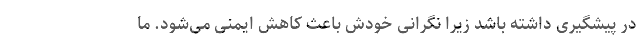
در پیشگیری داشته باشد زیرا نگرانی خودش باعث کاهش ایمنی می‌شود. ما